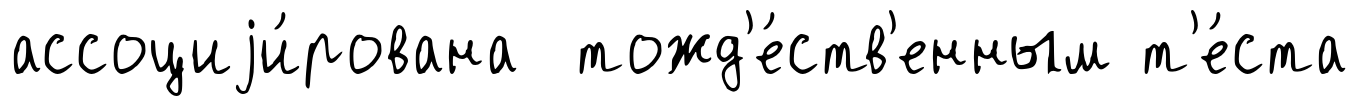
ассоциjи́рована тожд'е́ств'енным т'е́ста